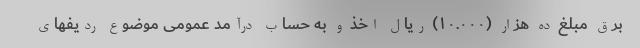
برق مبلغ ده هزار (۱۰.۰۰۰) ریال اخذ و به حساب درآمد عمومی موضوع ردیفهای